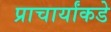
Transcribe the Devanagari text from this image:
प्राचार्यांकडे